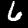
Label: 6